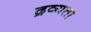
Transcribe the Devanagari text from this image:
द्रव्यता